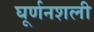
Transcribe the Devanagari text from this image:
घूर्णनशली